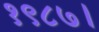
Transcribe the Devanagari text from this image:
१९८७।